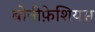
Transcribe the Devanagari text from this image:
बोनीफ़ेशियस